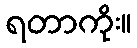
ရတာကိုး။